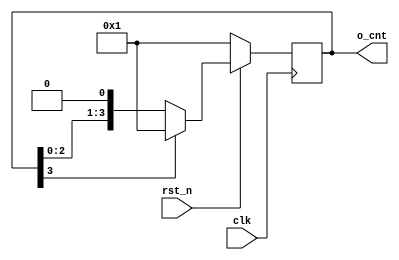
// =============================================================================
// Affiliation: Hong Kong University of Science and Technology
// Description:
// -----------------------------------------------------------------------------
`timescale 1 ns / 1 ps
module circle_counter(
	input clk,
	input rst_n,
	output reg [3:0] o_cnt 
);

always @ (posedge clk)
    begin
        if(!rst_n)
        	begin
        		o_cnt <= 4'b0001;
        	end
        else
        	begin
        		if (o_cnt[3] != 1'b1) 
        		    begin
        		        o_cnt <= {o_cnt[2:0],1'b0};
        		    end
        		else 
        		    begin
        		        o_cnt <= 4'b0001;
        		    end
        	end
    end

endmodule